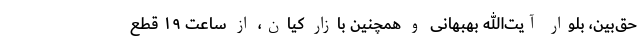
حق‌بین، بلوار آیت‌الله بهبهانی و همچنین بازار کیان، از ساعت ۱۹ قطع